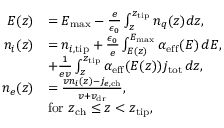
\begin{array} { r l } { E ( z ) } & { = E _ { \mathrm { m a x } } - \frac e { \epsilon _ { 0 } } \int _ { z } ^ { z _ { \mathrm { t i p } } } n _ { q } ( z ) d z , } \\ { n _ { i } ( z ) } & { = n _ { i , \mathrm { t i p } } + \frac { \epsilon _ { 0 } } { e } \int _ { E ( z ) } ^ { E _ { \mathrm { m a x } } } \alpha _ { \mathrm { e f f } } ( E ) \, d E , } \\ & { + \frac { 1 } { e v } \int _ { z } ^ { z _ { \mathrm { t i p } } } \alpha _ { \mathrm { e f f } } ( E ( z ) ) j _ { \mathrm { t o t } } \, d z , } \\ { n _ { e } ( z ) } & { = \frac { v n _ { i } ( z ) - j _ { e , \mathrm { c h } } } { v + v _ { \mathrm { d r } } } , } \\ & { \mathrm { f o r ~ } z _ { \mathrm { c h } } \leq z < z _ { \mathrm { t i p } } , } \end{array}